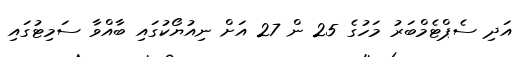
އަދި ސެޕްޓެމްބަރު މަހުގެ 25 ން 27 އަށް ނިއުޔޯކުގައި ބާއްވާ ސަމިޓުގައި